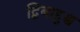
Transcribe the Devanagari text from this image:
द्विबाहुश्च